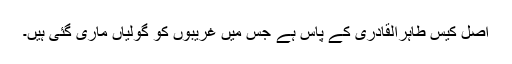
اصل کیس طاہرالقادری کے پاس ہے جس میں غریبوں کو گولیاں ماری گئی ہیں۔